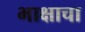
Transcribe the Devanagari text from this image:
भाक्षाचा